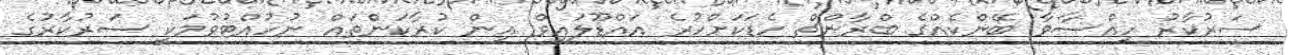
ސަރުކާރު ހިއްސާވާ ބޭންކެއްގެ ބްރާންޗް ހެޑަކަށްހުރެ އައްޑޫލައިވް އިން ކުރާކަންތައް ނުހުއްްޓުވުމަކީ ސަރުކާރުގެ